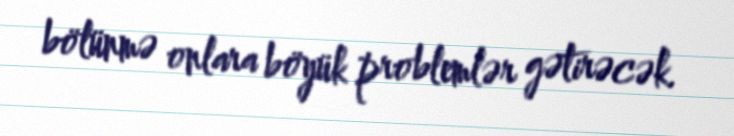
bölünmə onlara böyük problemlər gətirəcək.